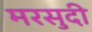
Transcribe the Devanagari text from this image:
मरसुदी